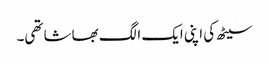
سیٹھ کی اپنی ایک الگ بھاشا تھی۔